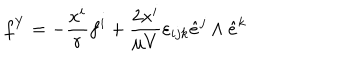
f ^ { Y } = - \frac { x ^ { i } } { r } f ^ { i } + \frac { 2 x ^ { i } } { \mu V } \varepsilon _ { i j k } \hat { e } ^ { j } \land \hat { e } ^ { k }